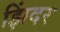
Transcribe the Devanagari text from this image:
झिंदर